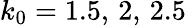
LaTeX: k_{0}=1.5,\, 2,\, 2.5